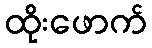
ထိုးဖောက်